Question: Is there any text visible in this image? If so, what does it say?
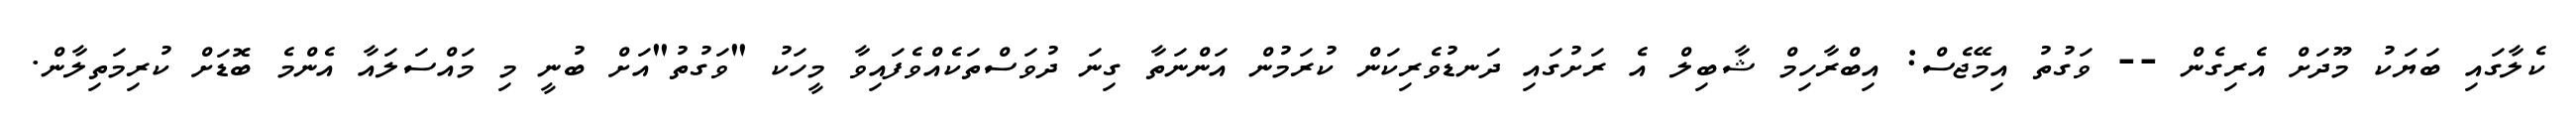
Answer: ކެލާގައި ބަޔަކު މޫދަށް އެރިގެން -- ވަގުތު އިމޭޖެސް: އިބްރާހިމް ޝާބިލް އެ ރަށުގައި ދަނޑުވެރިކަން ކުރަމުން އަންނަތާ ގިނަ ދުވަސްތަކެއްވެފައިވާ މީހަކު "ވަގުތު"އަށް ބުނީ މި މައްސަލައާ އެންމެ ބޮޑަށް ކުރިމަތިލާން.